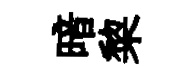
暗棃